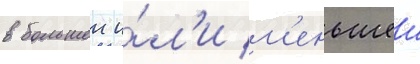
в большеи и́л'и м'еньшеи